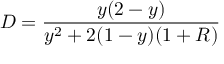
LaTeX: D = \frac { y ( 2 - y ) } { y ^ { 2 } + 2 ( 1 - y ) ( 1 + R ) }